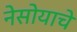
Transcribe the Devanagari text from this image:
नेसोयाचे